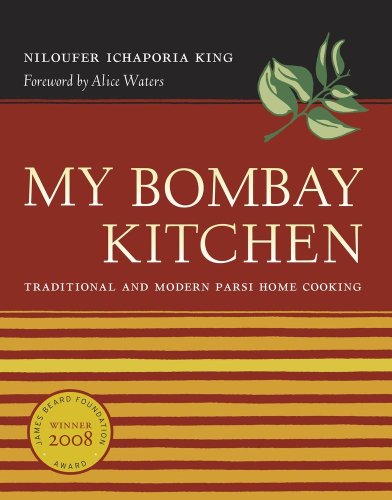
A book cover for My Bombay Kitchen: Traditional and Modern Parsi Home Cooking; Niloufer Ichaporia King; Cookbooks, Food & Wine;